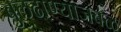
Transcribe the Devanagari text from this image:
बुलढाण्याजवळ